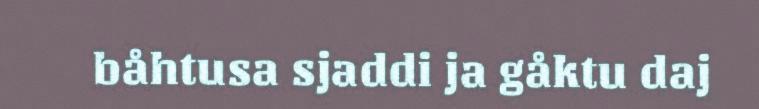
båhtusa sjaddi ja gåktu daj